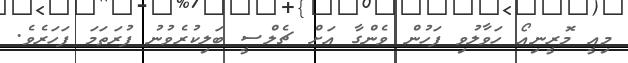
މިއީ މޮރީނިއޯ ހަވާލުވި ފަހުން ވެންގާ އަށް ޗެލްސީ ބަލިކުރެވުނު ފުރަތަމަ ފަހަރެވެ.